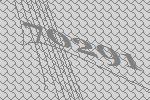
70291